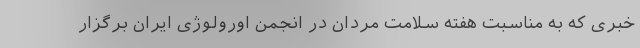
خبری که به مناسبت هفته سلامت مردان در انجمن اورولوژی ایران برگزار